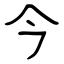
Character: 今